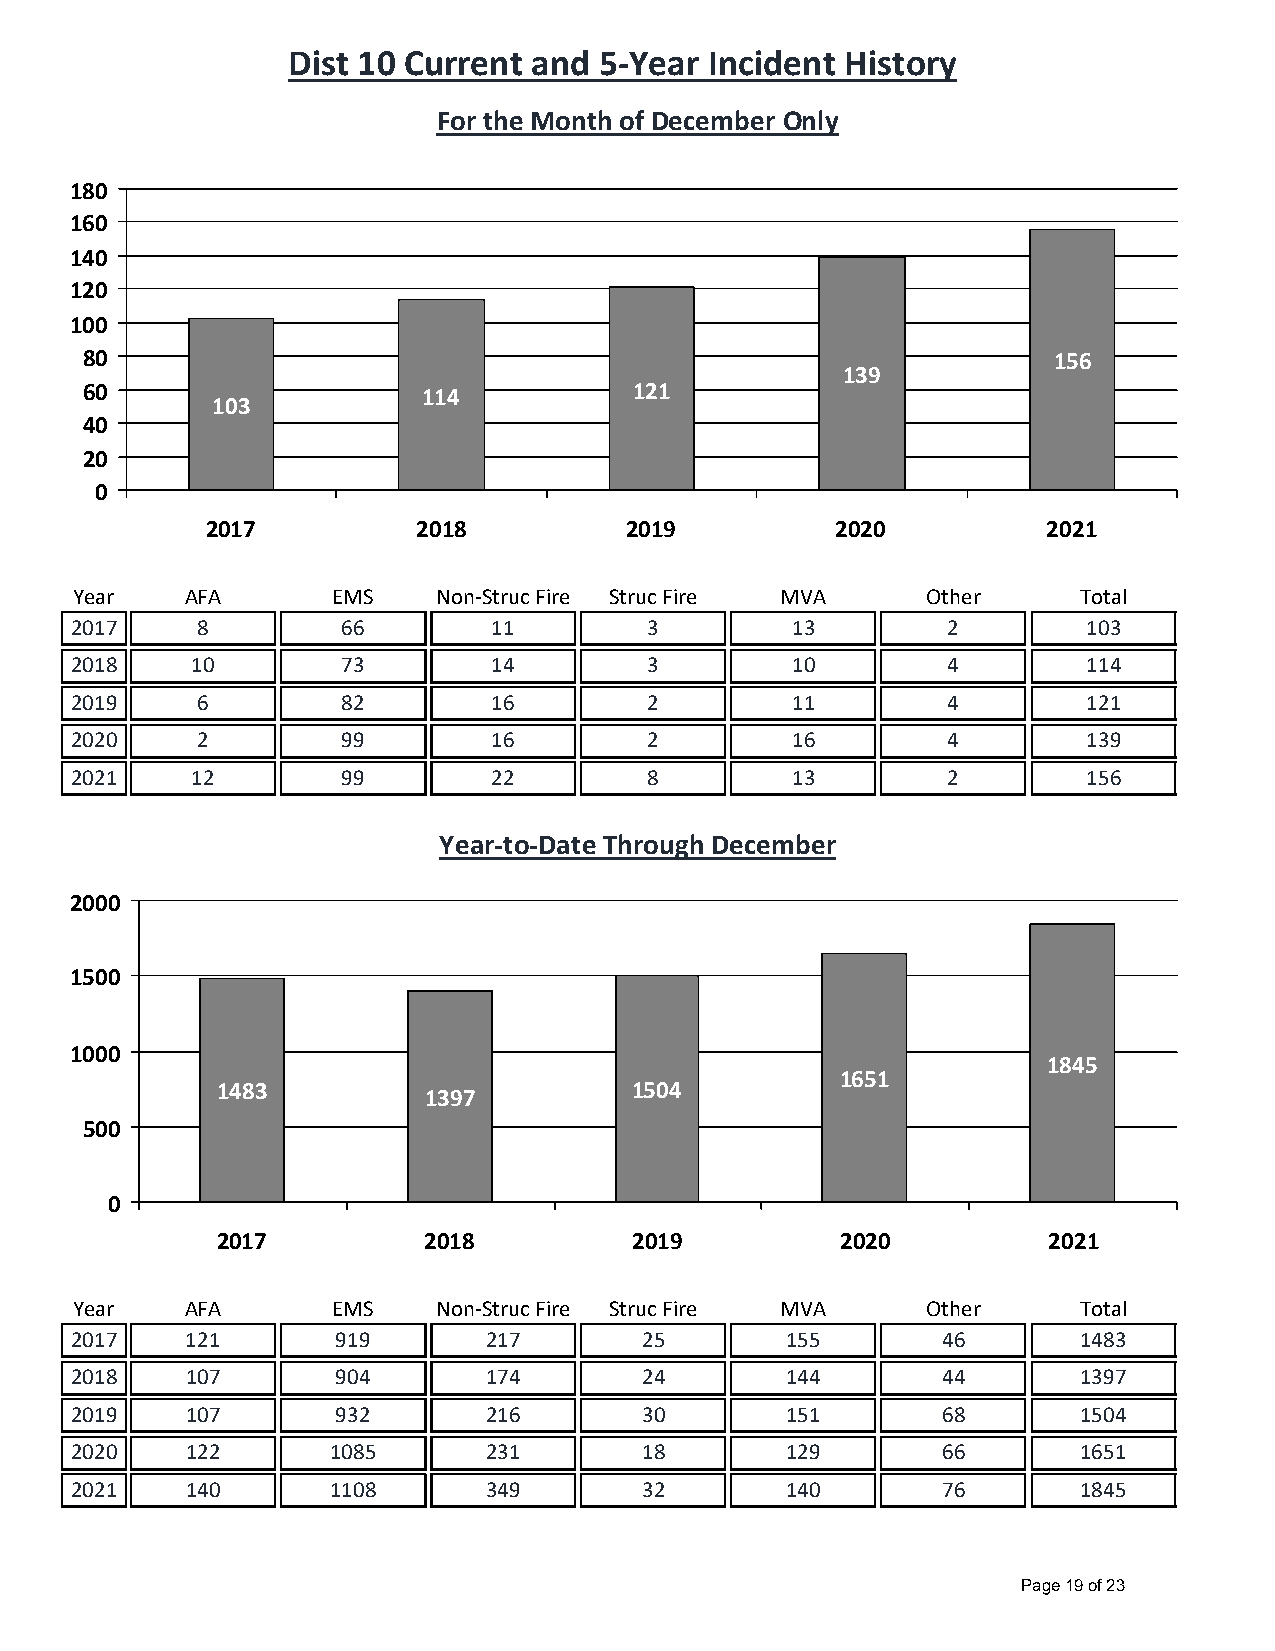
Dist 10 Current and  5‐Year Incident History
 For the Month of December Only
 180
 160
 140
 120
 100
 80                                                               156
 139
 60                     114           121
 103
 40
 20
 0
 2017          2018          2019         2020          2021
 Year   AFA       EMS    Non‐Struc Fire Struc Fire MVA   Other     Total
 2017    8         66        11        3        13         2        103
 2018    10        73        14        3        10         4        114
 2019    6         82        16        2        11         4        121
 2020    2         99        16        2        16         4        139
 2021    12        99        22        8        13         2        156
 Year‐to‐Date Through December
 2000
 1500
 1000
 1845
 1651
 1483          1397          1504
 500
 0
 2017          2018          2019          2020         2021
 Year   AFA       EMS    Non‐Struc Fire Struc Fire MVA   Other     Total
 2017   121       919       217       25        155       46        1483
 2018   107       904       174       24        144       44        1397
 2019   107       932       216       30        151       68        1504
 2020   122       1085      231       18        129       66        1651
 2021   140       1108      349       32        140       76        1845
 Page 19 of 23